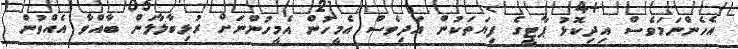
އެހެންނަމަވެސް އިދިކޮޅު ޕާޓީގެ ފިޔަތަކުން އަދިވެސް އެމީހުން އެމީހުންނަށް ރުޅިބާލާލަން ބާއްވާ އެއްވުން